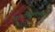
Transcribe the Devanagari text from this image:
परमविठ्ठलभक्त